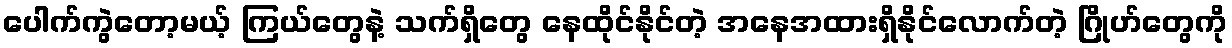
ပေါက်ကွဲတော့မယ့် ကြယ်တွေနဲ့ သက်ရှိတွေ နေထိုင်နိုင်တဲ့ အနေအထားရှိနိုင်လောက်တဲ့ ဂြိုဟ်တွေကို